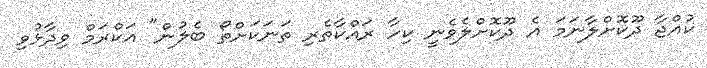
ކުއްޖާ ދޫކޮށްލާނަމަ އެ ދޫކޮށްލެވެނީ ކިހާ ރައްކާތެރި ތަނަކަށްތޯ ބެލުން" އަކްރަމް ވިދާޅުވި